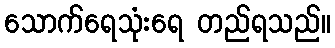
သောက်ရေသုံးရေ တည်ရသည်။